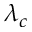
\lambda _ { c }